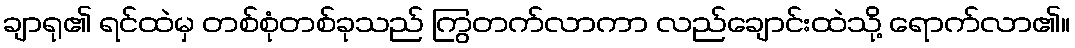
ချာရု၏ ရင်ထဲမှ တစ်စုံတစ်ခုသည် ကြွတက်လာကာ လည်ချောင်းထဲသို့ ရောက်လာ၏။